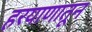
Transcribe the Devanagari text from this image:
हरयाणातून